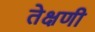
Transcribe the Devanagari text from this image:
तेक्षणी